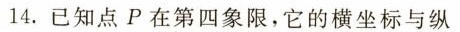
14.已经点P在第四象限，它的横坐标与纵